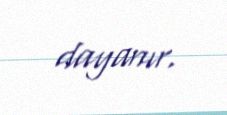
dayanır.